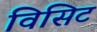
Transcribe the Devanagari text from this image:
विसिट